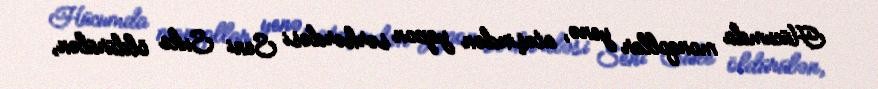
Hücumda monqollar yenə, atəşindən yapon sərkərdəsi Seni Suke öldürülən,